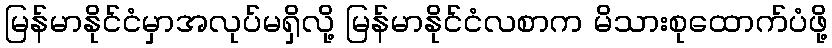
မြန်မာနိုင်ငံမှာအလုပ်မရှိလို့ မြန်မာနိုင်ငံလစာက မိသားစုထောက်ပံဖို့